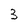
Character: 3